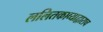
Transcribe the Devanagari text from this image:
ललितकाव्याद्वाराच